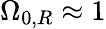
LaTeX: \Omega_{0,R}\approx 1